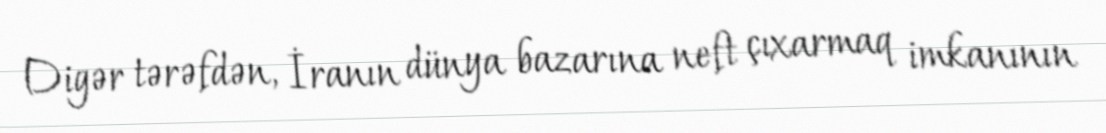
Digər tərəfdən, İranın dünya bazarına neft çıxarmaq imkanının